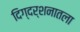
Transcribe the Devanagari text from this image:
दिग्दर्शनातला